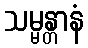
သမ္မန္တာနံ